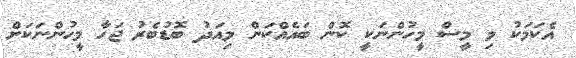
އެކަމަކު މި މީސް މީހުންނަކީ ކޮން ބައެއްކަން މިއަދު ބޮޑުބެރު ޖަހާ މީހުންނަކަށް